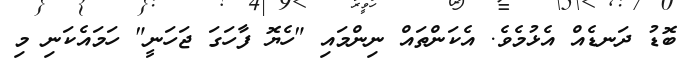
ބޮޑު ދަނޑެއް އެޅުމެވެ. އެކަންތައް ނިންމައި "ހެޔޮ ފާހަގަ ޖަހަނީ" ހަމައެކަނި މި